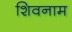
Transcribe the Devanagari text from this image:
शिवनाम